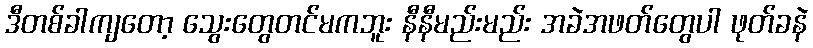
ဒီတစ်ခါကျတော့ သွေးတွေတင်မကဘူး နီနီမည်းမည်း အခဲအဖတ်တွေပါ ဖုတ်ခနဲ